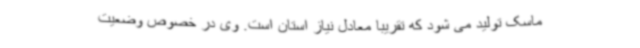
ماسک تولید می شود که تقریبا معادل نیاز استان است. وی در خصوص وضعیت